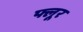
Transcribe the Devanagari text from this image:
फ्लूर